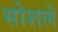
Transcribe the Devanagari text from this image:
सोशले